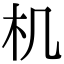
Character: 机